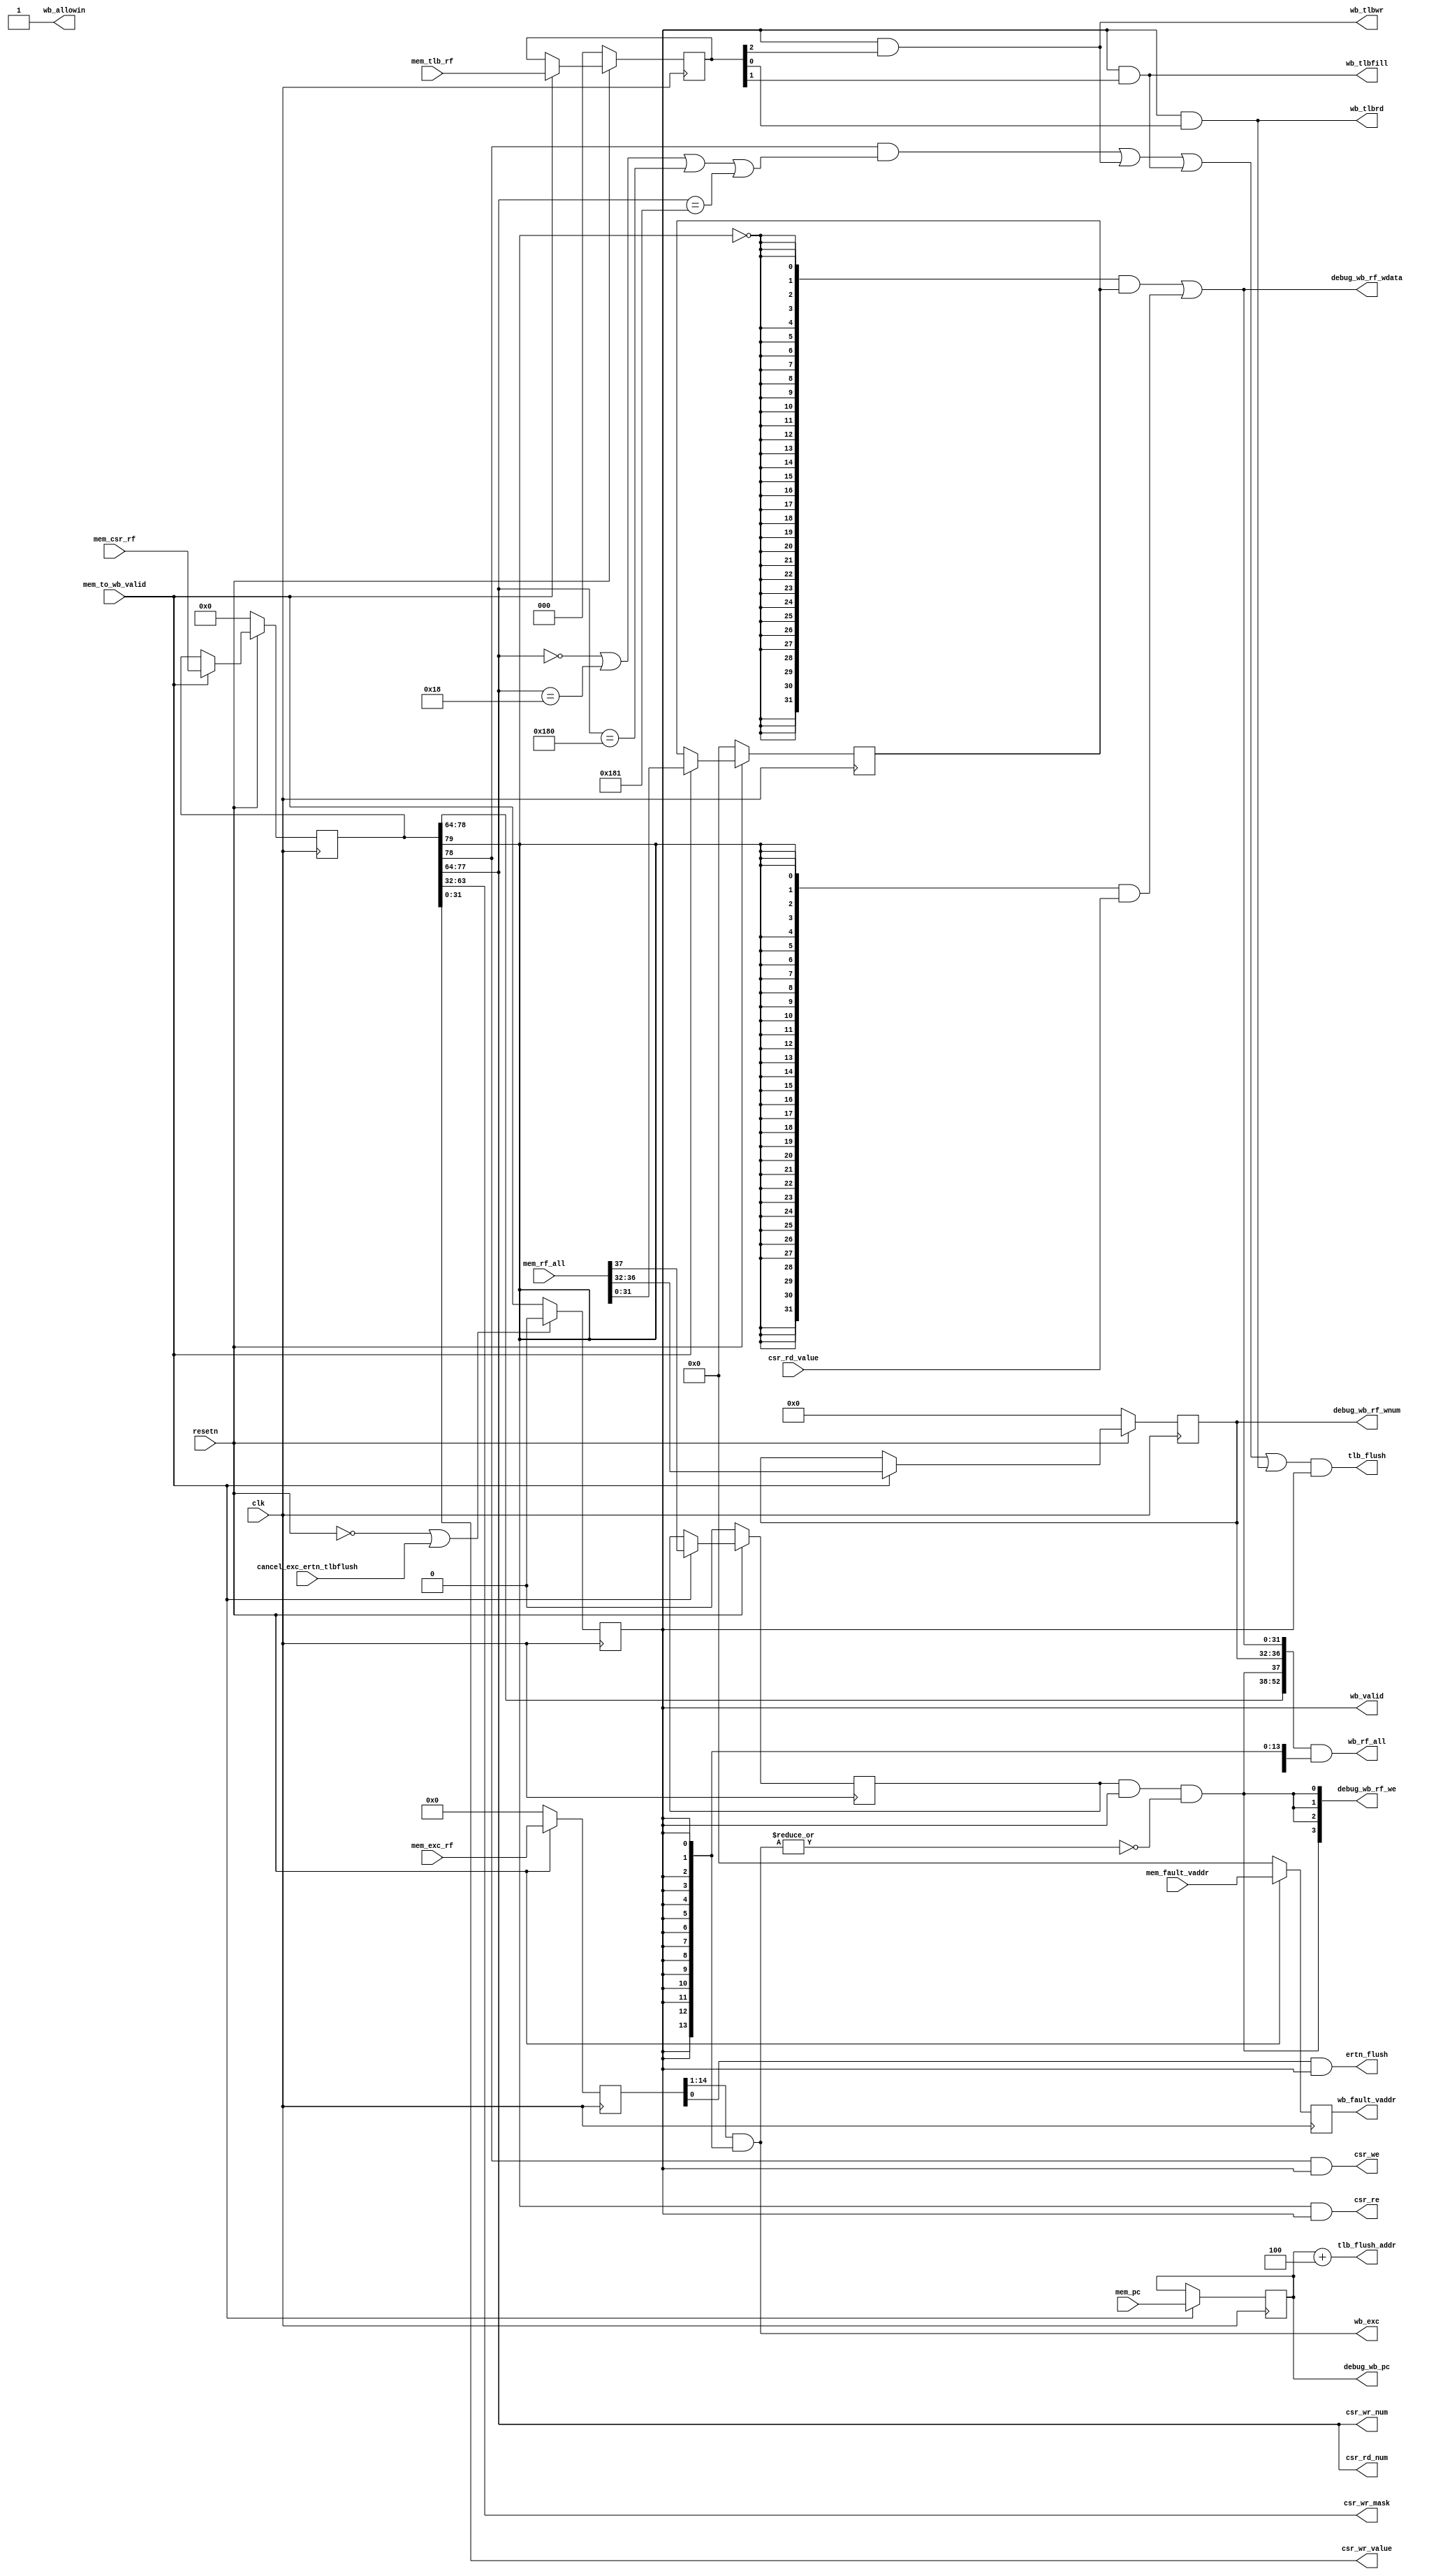
module WBstate(
    input              clk,
    input              resetn,
    output reg         wb_valid,
    // memstate <-> wbstate
    output             wb_allowin,
    input       [53:0] mem_rf_all, // {mem_rf_we, mem_rf_waddr, mem_rf_wdata_reg}
    input              mem_to_wb_valid,
    input       [31:0] mem_pc,    
    // debug info
    output      [31:0] debug_wb_pc,
    output      [ 3:0] debug_wb_rf_we,
    output      [ 4:0] debug_wb_rf_wnum,
    output      [31:0] debug_wb_rf_wdata,
    // idstate <-> wbstate
    output      [52:0] wb_rf_all,// {rf_we, rf_waddr, rf_wdata_reg}
    input              cancel_exc_ertn_tlbflush,//canceled by exception or ereturn
    input       [79:0] mem_csr_rf,//{wb_res_from_csr,csr_wr,csr_wr_num,csr_mask,csr_wr_value}
    input       [14:0] mem_exc_rf,//{syscall,ertn}
    //csr wr port
    output      [31:0] csr_wr_mask,
    output      [31:0] csr_wr_value,
    output      [13:0] csr_wr_num,
    output             csr_we,
    //csr rd port
    input       [31:0] csr_rd_value,
    output             csr_re,//to csr
    output     [13:0]  csr_rd_num,
    //csr exception related
    input       [31:0] mem_fault_vaddr,
    output      [13:0] wb_exc,//for extension
    output             ertn_flush,
    output      [31:0] wb_fault_vaddr,
    //tlb related
    input       [2 :0] mem_tlb_rf,//{inst_tlbwr,inst_tlbfill,inst_tlbrd}
    output             wb_tlbwr,
    output             wb_tlbfill,
    output             wb_tlbrd,
    output             tlb_flush,
    output      [31:0] tlb_flush_addr
);

localparam  CSR_CRMD                = 14'h0,
            CSR_ASID                = 14'h18,
            CSR_DMW0                = 14'h180,
            CSR_DMW1                = 14'h181;

    wire        wb_ready_go;
    wire [31:0] rf_wdata;
    // reg         wb_valid;
    
    reg  [31:0] wb_pc;
    reg  [31:0] rf_wdata_reg;
    reg  [4 :0] rf_waddr;
    reg         rf_we;
    reg  [79:0] wb_csr_rf_reg;
    reg  [14:0] wb_exc_rf_reg;
    reg  [31:0] fault_vaddr_reg;
    // wire        wb_res_from_csr;
    wire        wb_csr_wr;
    wire        wb_csr_rd;
    wire        truly_we;
    //tlb rf and reflush
    reg  [2 :0] wb_tlb_rf_reg;
    wire        inst_tlbfill,inst_tlbwr,inst_tlbrd;
    wire        csr_wr_flush;
    /* valid signals */
    assign wb_ready_go = 1'b1;
    assign wb_allowin  = ~wb_valid | wb_ready_go | cancel_exc_ertn_tlbflush;     
    always @(posedge clk) begin
        if(~resetn | cancel_exc_ertn_tlbflush)
            wb_valid <= 1'b0;
        else
            wb_valid <= mem_to_wb_valid & wb_allowin; 
    end

    /*  memstate <-> wbstate */
    always @(posedge clk) begin
        if(mem_to_wb_valid)
            wb_pc <= mem_pc;
    end
    always @(posedge clk) begin
        if(~resetn)
            {rf_we, rf_waddr, rf_wdata_reg} <= 38'd0;
        else if(mem_to_wb_valid)
            {rf_we, rf_waddr, rf_wdata_reg} <= mem_rf_all;
    end

    always @(posedge clk) begin
        if(~resetn)
            wb_csr_rf_reg <= 80'b0;
        else if(mem_to_wb_valid)
            wb_csr_rf_reg <= mem_csr_rf;
    end

    always @(posedge clk) begin
        if(~resetn)
            wb_exc_rf_reg <= 15'b0;
        else//revise because bug in pipe line, alu result was sent to sram without reg,if exc, it takes two cycles to arrive in mem,make it error
            wb_exc_rf_reg <= mem_exc_rf;
    end

    always @(posedge clk ) begin
        if(~resetn)
            fault_vaddr_reg <= 32'b0;
        else//revise because bug in pipe line, alu result was sent to sram without reg,if exc, it takes two cycles to arrive in mem,make it error
            fault_vaddr_reg <= mem_fault_vaddr;
    end

    always @(posedge clk ) begin
        if(~resetn)
            wb_tlb_rf_reg <= 3'b0;
        else if(mem_to_wb_valid)
            wb_tlb_rf_reg <= mem_tlb_rf;
    end

    assign truly_we = rf_we & wb_valid & ~|wb_exc;

    assign wb_rf_all  = {wb_csr_wr,csr_wr_num,truly_we, rf_waddr, rf_wdata} & {53{wb_valid}};
    assign {wb_csr_rd,wb_csr_wr,csr_wr_num,csr_wr_mask,csr_wr_value} = wb_csr_rf_reg;
    assign rf_wdata   = {32{~wb_csr_rd}} & rf_wdata_reg | {32{wb_csr_rd}} & csr_rd_value;
    assign wb_exc     = wb_exc_rf_reg[14:1] & {14{wb_valid}};
    assign ertn_flush = wb_exc_rf_reg[0] & wb_valid;
    assign wb_fault_vaddr = fault_vaddr_reg;
    /* debug info */
    assign debug_wb_pc       = wb_pc;
    assign debug_wb_rf_wdata = rf_wdata;
    assign debug_wb_rf_we    = {4{truly_we}};
    assign debug_wb_rf_wnum  = rf_waddr;
    //csr rf
    assign csr_we            = wb_csr_wr & wb_valid;
    assign csr_re            = wb_csr_rd & wb_valid;
    assign csr_rd_num        = csr_wr_num;
    //tlb rf
    assign {inst_tlbwr,inst_tlbfill,inst_tlbrd} = wb_tlb_rf_reg;
    assign wb_tlbwr = wb_valid & inst_tlbwr;
    assign wb_tlbrd = wb_valid & inst_tlbrd;
    assign wb_tlbfill = wb_valid & inst_tlbfill; 
    assign csr_wr_flush = wb_csr_wr & (csr_wr_num == CSR_CRMD
                                     | csr_wr_num == CSR_ASID
                                     | csr_wr_num == CSR_DMW0
                                     | csr_wr_num == CSR_DMW1);
    assign tlb_flush_addr = debug_wb_pc + 4;
    assign tlb_flush = (csr_wr_flush | wb_tlbwr | wb_tlbfill | wb_tlbrd) & wb_valid;
endmodule